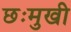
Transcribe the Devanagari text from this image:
छःमुखी